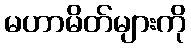
မဟာမိတ်များကို